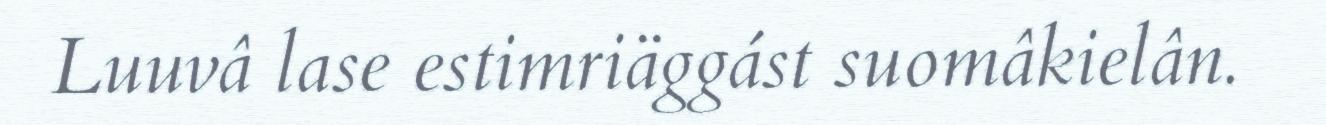
Luuvâ lase estimriäggást suomâkielân.